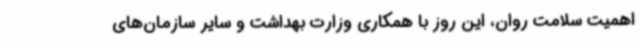
اهمیت سلامت روان، این روز با همکاری وزارت بهداشت و سایر سازمان‌های